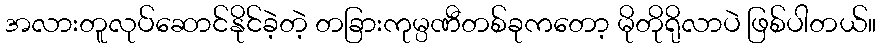
အလားတူလုပ်ဆောင်နိုင်ခဲ့တဲ့ တခြားကုမ္ပဏီတစ်ခုကတော့ မိုတိုရိုလာပဲ ဖြစ်ပါတယ်။